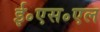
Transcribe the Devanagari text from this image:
ई॰एस॰एल